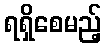
ရရှိစေမည့်